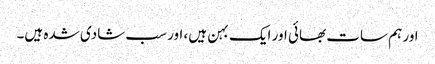
اور ہم سات بھائی اور ایک بہن ہیں، اور سب شادی شدہ ہیں۔